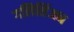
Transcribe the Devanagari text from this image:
गलिसिंअन